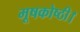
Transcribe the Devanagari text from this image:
मूषकोष्ठी।